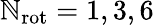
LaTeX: \mathbb{N}_{\mathrm{{rot}}}=1,3,6